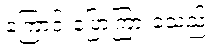
ကြောင်းပြောကြားခဲ့သည်